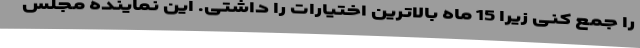
را جمع کنی زیرا 15 ماه بالاترین اختیارات را داشتی. این نماینده مجلس